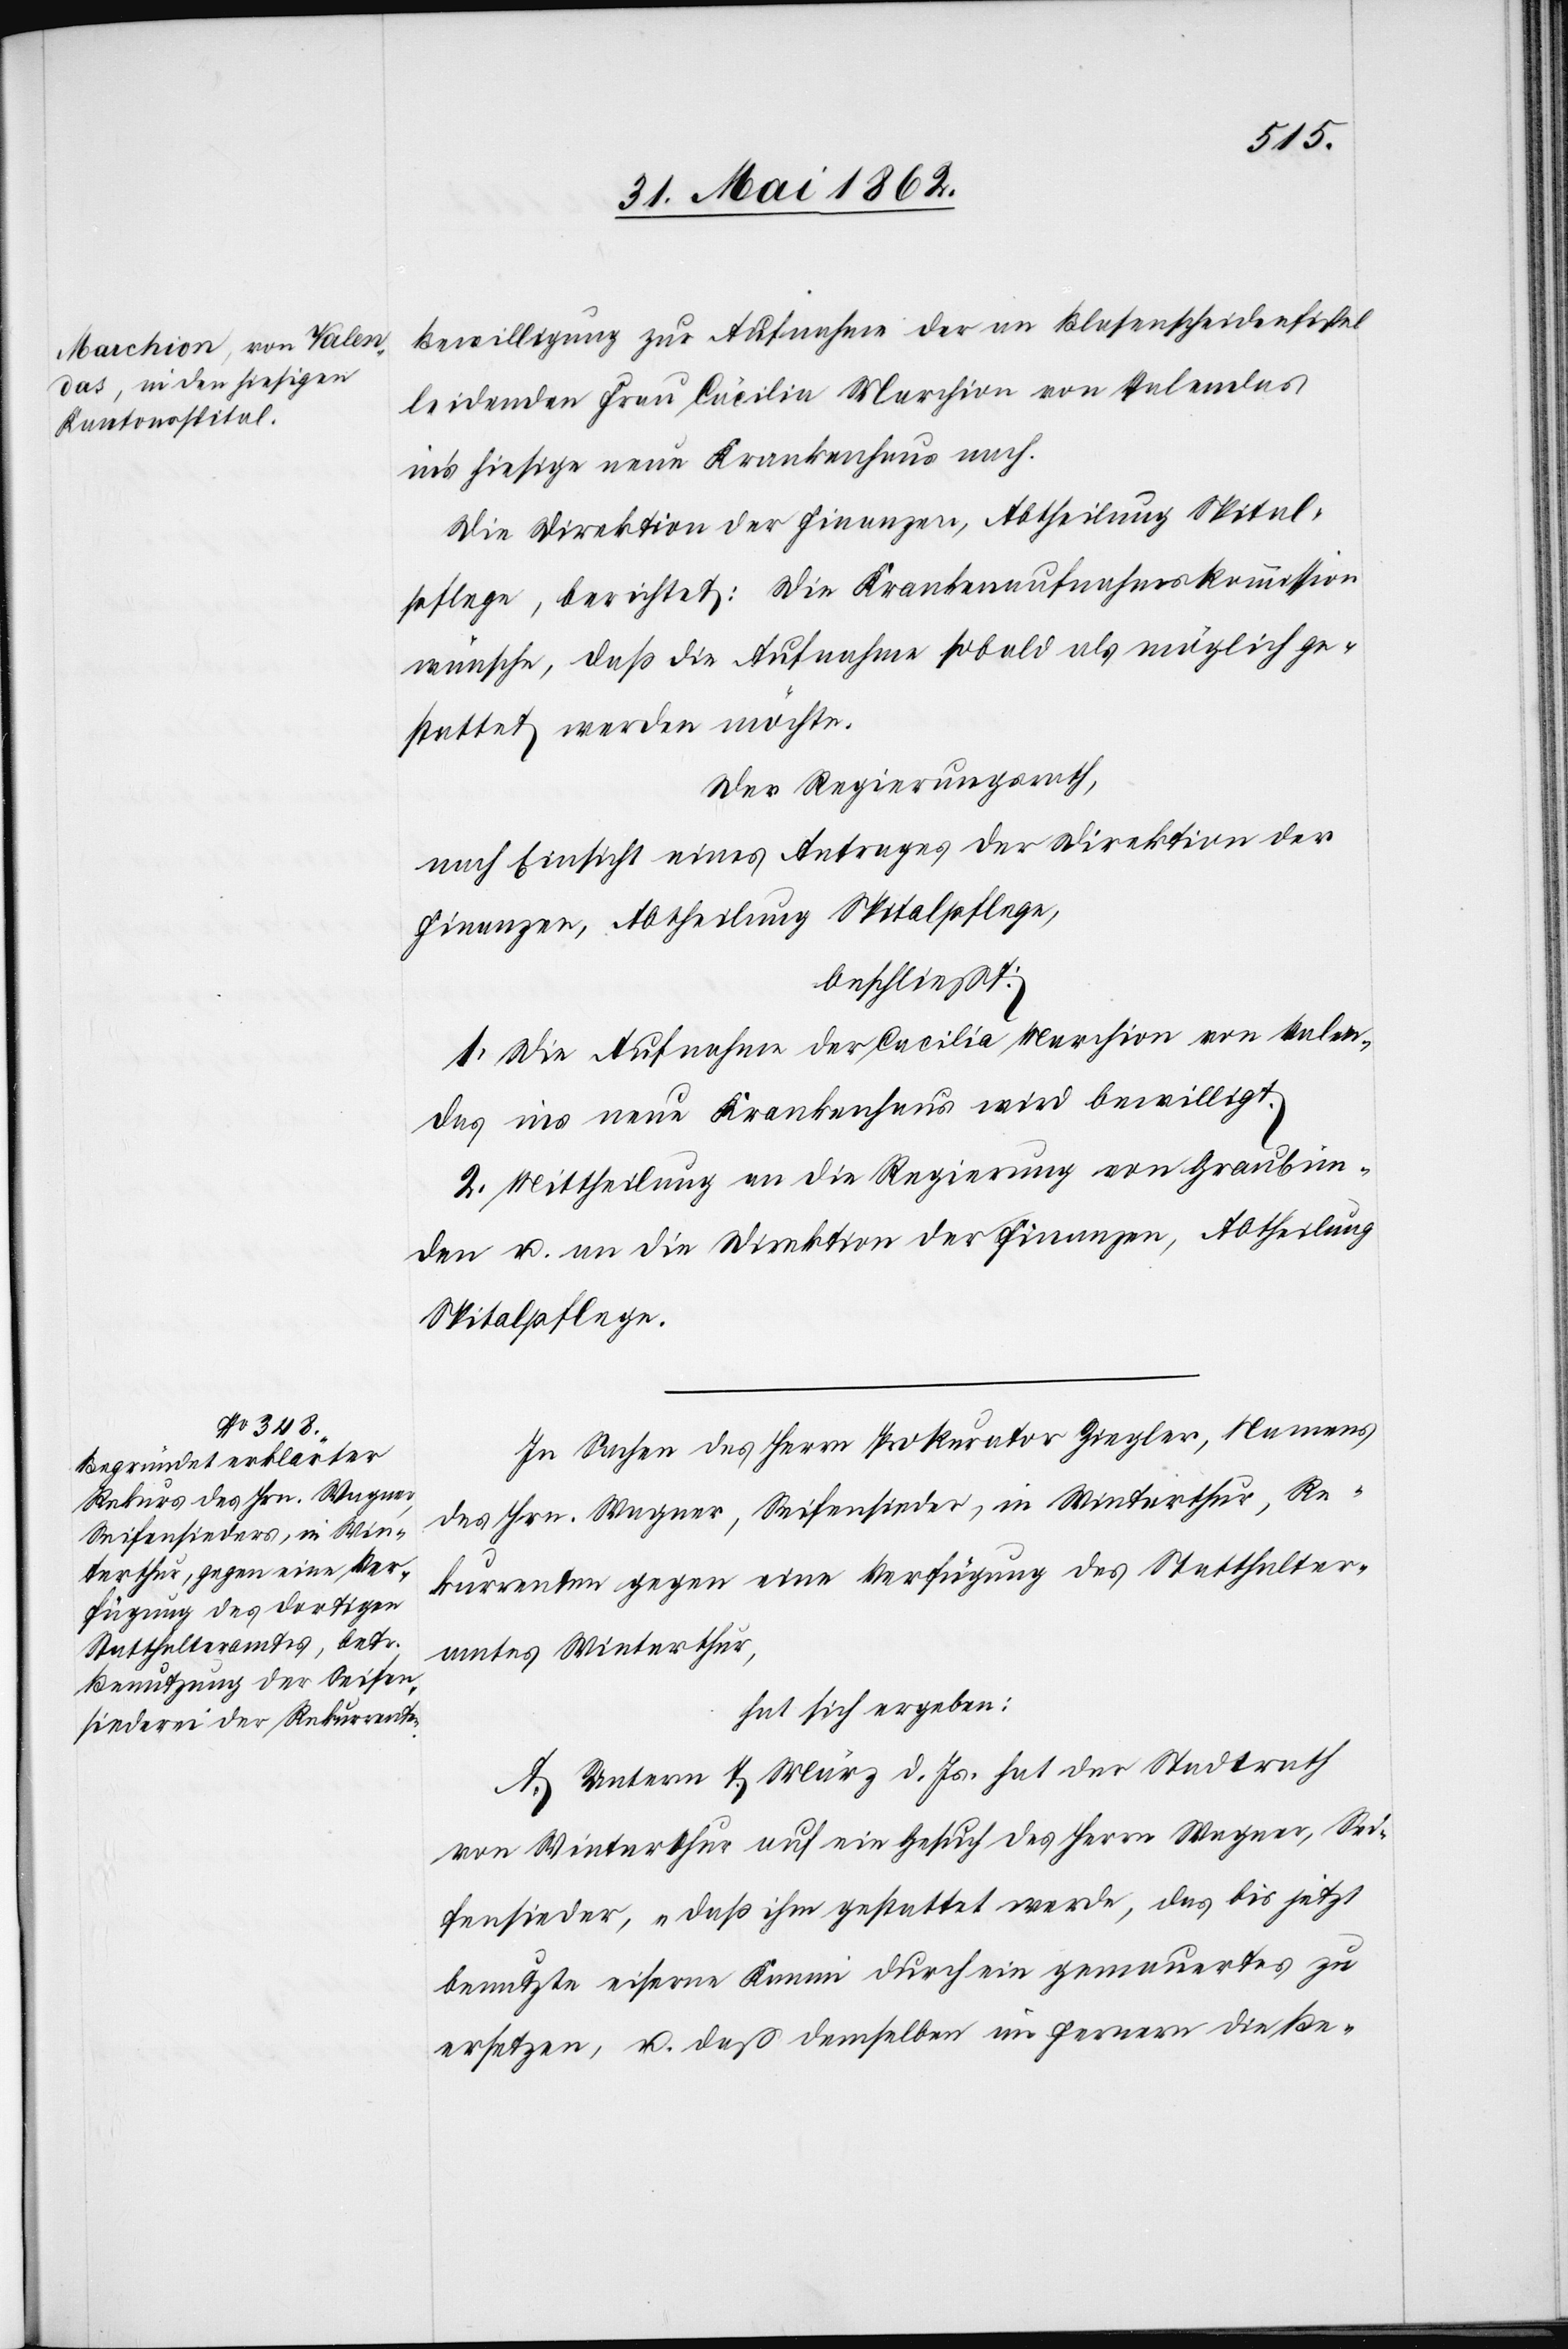
Bewilligung zur Aufnahme der an Blasenscheidenfistel
leidenden Frau Cecilia Marchion von Valendas
in’s hiesige neue Krankenhaus nach.
Die Direktion der Finanzen, Abtheilung Spital¬
pflege, berichtet: Die Krankenaufnahmskommission
wünsche, daß die Aufnahme sobald als möglich ge¬
stattet werden möchte.
Der Regierungsrath,
nach Einsicht eines Antrages der Direktion der
Finanzen, Abtheilung Spitalpflege,
beschließt:
1. Die Aufnahme der Cecilia Marchion von Valen¬
das ins neue Krankenhaus wird bewilligt.
2. Mittheilung an die Regierung von Graubün¬
den u. an die Direktion der Finanzen, Abtheilung
Spitalpflege.
In Sachen des Herrn Prokurator Ziegler, Namens
des Hrn. Wagner, Seifensieder, in Winterthur, Re¬
kurrenten gegen eine Verfügung des Statthalter¬
amtes Winterthur,
hat sich ergeben:
A. Unterm 7. März d. Js. hat der Stadtrath
von Winterthur auf ein Gesuch des Herrn Wagner, Sei¬
fensieder, „daß ihm gestattet werde, das bis jetzt
benutzte eiserne Kamin durch ein gemauertes zu
ersetzen, um daß demselben im Fernern die Be-